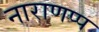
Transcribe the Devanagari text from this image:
नाराणप्प